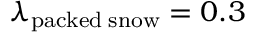
\lambda _ { \mathrm { p a c k e d \; s n o w } } = 0 . 3